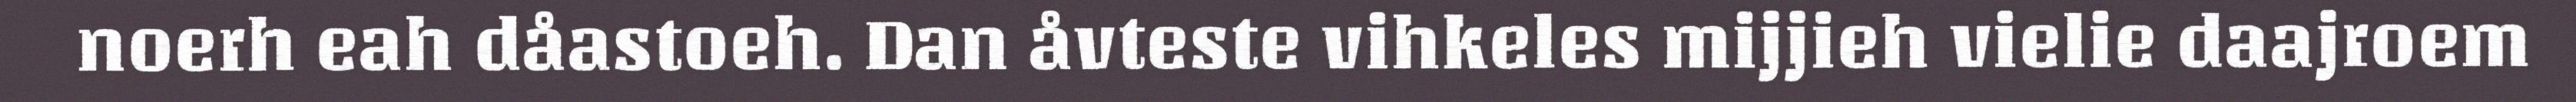
noerh eah dåastoeh. Dan åvteste vihkeles mijjieh vielie daajroem